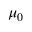
\mu _ { 0 }